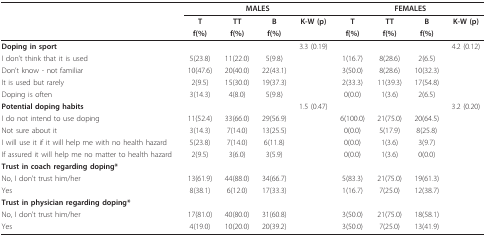
<table><thead><tr><td></td><td colspan="4"><b>MALES</b></td><td colspan="4"><b>FEMALES</b></td></tr><tr><td></td><td><b>T</b></td><td><b>TT</b></td><td><b>B</b></td><td><b>K-W (p)</b></td><td><b>T</b></td><td><b>TT</b></td><td><b>B</b></td><td><b>K-W (p)</b></td></tr><tr><td></td><td><b>f(%)</b></td><td><b>f(%)</b></td><td><b>f(%)</b></td><td></td><td><b>f(%)</b></td><td><b>f(%)</b></td><td><b>f(%)</b></td><td></td></tr></thead><tbody><tr><td><b>Doping in sport</b></td><td></td><td></td><td></td><td>3.3 (0.19)</td><td></td><td></td><td></td><td>4.2 (0.12)</td></tr><tr><td>I don&#x27;t think that it is used</td><td>5(23.8)</td><td>11(22.0)</td><td>5(9.8)</td><td></td><td>1(16.7)</td><td>8(28.6)</td><td>2(6.5)</td><td></td></tr><tr><td>Don&#x27;t know - not familiar</td><td>10(47.6)</td><td>20(40.0)</td><td>22(43.1)</td><td></td><td>3(50.0)</td><td>8(28.6)</td><td>10(32.3)</td><td></td></tr><tr><td>It is used but rarely</td><td>2(9.5)</td><td>15(30.0)</td><td>19(37.3)</td><td></td><td>2(33.3)</td><td>11(39.3)</td><td>17(54.8)</td><td></td></tr><tr><td>Doping is often</td><td>3(14.3)</td><td>4(8.0)</td><td>5(9.8)</td><td></td><td>0(0.0)</td><td>1(3.6)</td><td>2(6.5)</td><td></td></tr><tr><td><b>Potential doping habits</b></td><td></td><td></td><td></td><td>1.5 (0.47)</td><td></td><td></td><td></td><td>3.2 (0.20)</td></tr><tr><td>I do not intend to use doping</td><td>11(52.4)</td><td>33(66.0)</td><td>29(56.9)</td><td></td><td>6(100.0)</td><td>21(75.0)</td><td>20(64.5)</td><td></td></tr><tr><td>Not sure about it</td><td>3(14.3)</td><td>7(14.0)</td><td>13(25.5)</td><td></td><td>0(0.0)</td><td>5(17.9)</td><td>8(25.8)</td><td></td></tr><tr><td>I will use it if it will help me with no health hazard</td><td>5(23.8)</td><td>7(14.0)</td><td>6(11.8)</td><td></td><td>0(0.0)</td><td>1(3.6)</td><td>3(9.7)</td><td></td></tr><tr><td>If assured it will help me no matter to health hazard</td><td>2(9.5)</td><td>3(6.0)</td><td>3(5.9)</td><td></td><td>0(0.0)</td><td>1(3.6)</td><td>0(0.0)</td><td></td></tr><tr><td><b>Trust in coach regarding doping*</b></td><td></td><td></td><td></td><td></td><td></td><td></td><td></td><td></td></tr><tr><td>No, I don&#x27;t trust him/her</td><td>13(61.9)</td><td>44(88.0)</td><td>34(66.7)</td><td></td><td>5(83.3)</td><td>21(75.0)</td><td>19(61.3)</td><td></td></tr><tr><td>Yes</td><td>8(38.1)</td><td>6(12.0)</td><td>17(33.3)</td><td></td><td>1(16.7)</td><td>7(25.0)</td><td>12(38.7)</td><td></td></tr><tr><td><b>Trust in physician regarding doping*</b></td><td></td><td></td><td></td><td></td><td></td><td></td><td></td><td></td></tr><tr><td>No, I don&#x27;t trust him/her</td><td>17(81.0)</td><td>40(80.0)</td><td>31(60.8)</td><td></td><td>3(50.0)</td><td>21(75.0)</td><td>18(58.1)</td><td></td></tr><tr><td>Yes</td><td>4(19.0)</td><td>10(20.0)</td><td>20(39.2)</td><td></td><td>3(50.0)</td><td>7(25.0)</td><td>13(41.9)</td><td></td></tr></tbody></table>